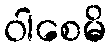
ဝါစေမိ